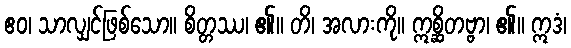
ဧဝ၊ သာလျှင်ဖြစ်သော။ စိတ္တဿ၊ ၏။ တိ၊ အလားကို။ ဣစ္ဆိတဗ္ဗာ၊ ၏။ ဣဒံ၊